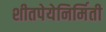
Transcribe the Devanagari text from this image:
शीतपेयेनिर्मिती